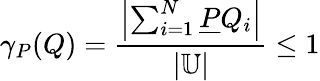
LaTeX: \gamma_{P}(Q)={\frac{\left|\sum_{i=1}^{N}{\underline{{P}}}Q_{i}\right|}{\left|\mathbb{U}\right|}}\leq 1